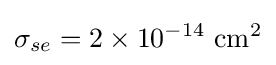
\sigma _{se}=2\times 10^{-14}\ \mathrm {cm} ^{2}